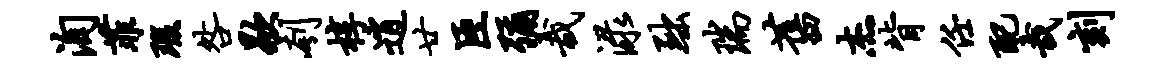
洵菲瑕咎歇刳椁逍廿臣弥哉渌黜瑞旧杰背任配哉刻